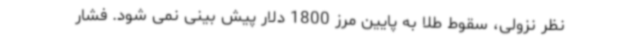
نظر نزولی، سقوط طلا به پایین مرز 1800 دلار پیش بینی نمی شود. فشار